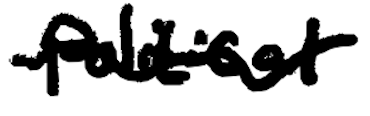
Text: political
Cross-out: mix
Writing tool: digital_black